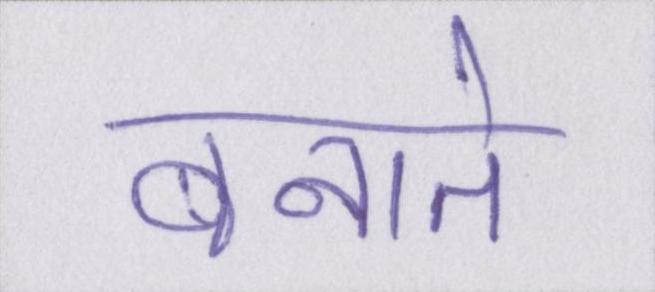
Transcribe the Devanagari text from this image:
बनाते